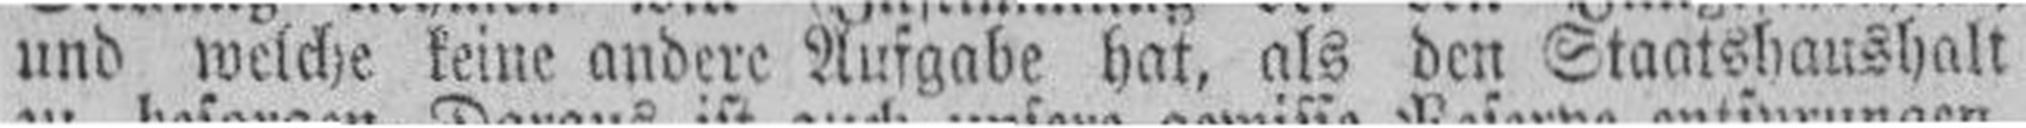
und welche keine andere Aufgabe hat, als den Staatshaushalt